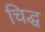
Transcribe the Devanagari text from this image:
चिद्ध